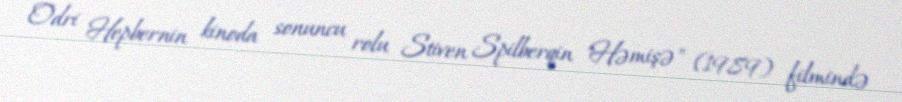
Odri Hepbernin kinoda sonuncu rolu Stiven Spilberqin "Həmişə" (1989) filmində